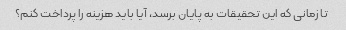
تا زمانی که این تحقیقات به پایان برسد، آیا باید هزینه را پرداخت کنم؟